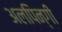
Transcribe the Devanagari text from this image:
अलपिन्गी